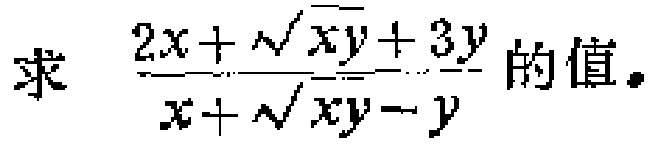
求 $\frac{2x + \sqrt{xy}+ 3y}{x + \sqrt{xy}-y}$ 的值。